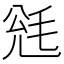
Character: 毤